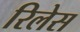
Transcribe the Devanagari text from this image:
रिलेस